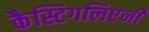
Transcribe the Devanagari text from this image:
कैस्टिगलिएनी